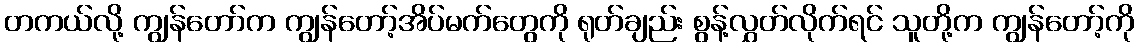
တကယ်လို့ ကျွန်တော်က ကျွန်တော့်အိပ်မက်တွေကို ရုတ်ချည်း စွန့်လွှတ်လိုက်ရင် သူတို့က ကျွန်တော့်ကို